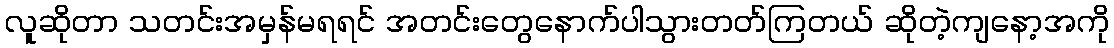
လူဆိုတာ သတင်းအမှန်မရရင် အတင်းတွေနောက်ပါသွားတတ်ကြတယ် ဆိုတဲ့ကျနော့အကို